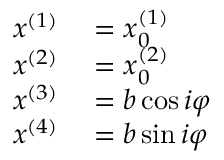
\scriptstyle { \begin{array} { r l } { x ^ { ( 1 ) } } & { { } = x _ { 0 } ^ { ( 1 ) } } \\ { x ^ { ( 2 ) } } & { { } = x _ { 0 } ^ { ( 2 ) } } \\ { x ^ { ( 3 ) } } & { { } = b \cos i \varphi } \\ { x ^ { ( 4 ) } } & { { } = b \sin i \varphi } \end{array} }